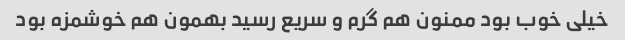
خیلی خوب بود ممنون هم گرم و سریع رسید بهمون هم خوشمزه بود